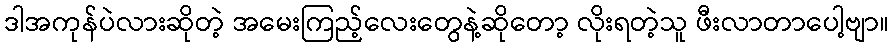
ဒါအကုန်ပဲလားဆိုတဲ့ အမေးကြည့်လေးတွေနဲ့ဆိုတော့ လိုးရတဲ့သူ ဖီးလာတာပေါ့ဗျာ။